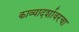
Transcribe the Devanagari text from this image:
काव्यादर्शावरचा